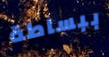
ببساطة